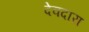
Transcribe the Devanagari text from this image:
देवदारा